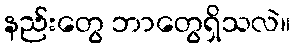
နည်းတွေ ဘာတွေရှိသလဲ။